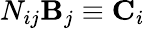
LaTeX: N_{ij}{\mathbf B}_{j}\equiv{\mathbf C}_{i}